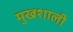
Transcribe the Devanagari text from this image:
मुखशाली